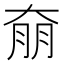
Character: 奟